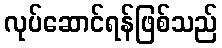
လုပ်ဆောင်ရန်ဖြစ်သည်